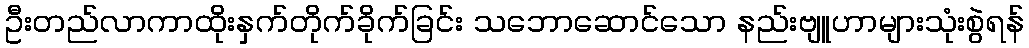
ဦးတည်လာကာထိုးနှက်တိုက်ခိုက်ခြင်း သဘောဆောင်သော နည်းဗျူဟာများသုံးစွဲရန်